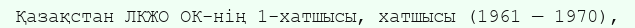
Қазақстан ЛКЖО ОК-нің 1-хатшысы, хатшысы (1961 — 1970),